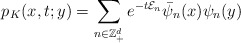
\begin{align*}p_{K}(x,t;y)=\sum_{n\in \mathbb{Z}^d_+}e^{-t\mathcal{E}_n} \bar{\psi}_n(x) \psi_n(y)\end{align*}